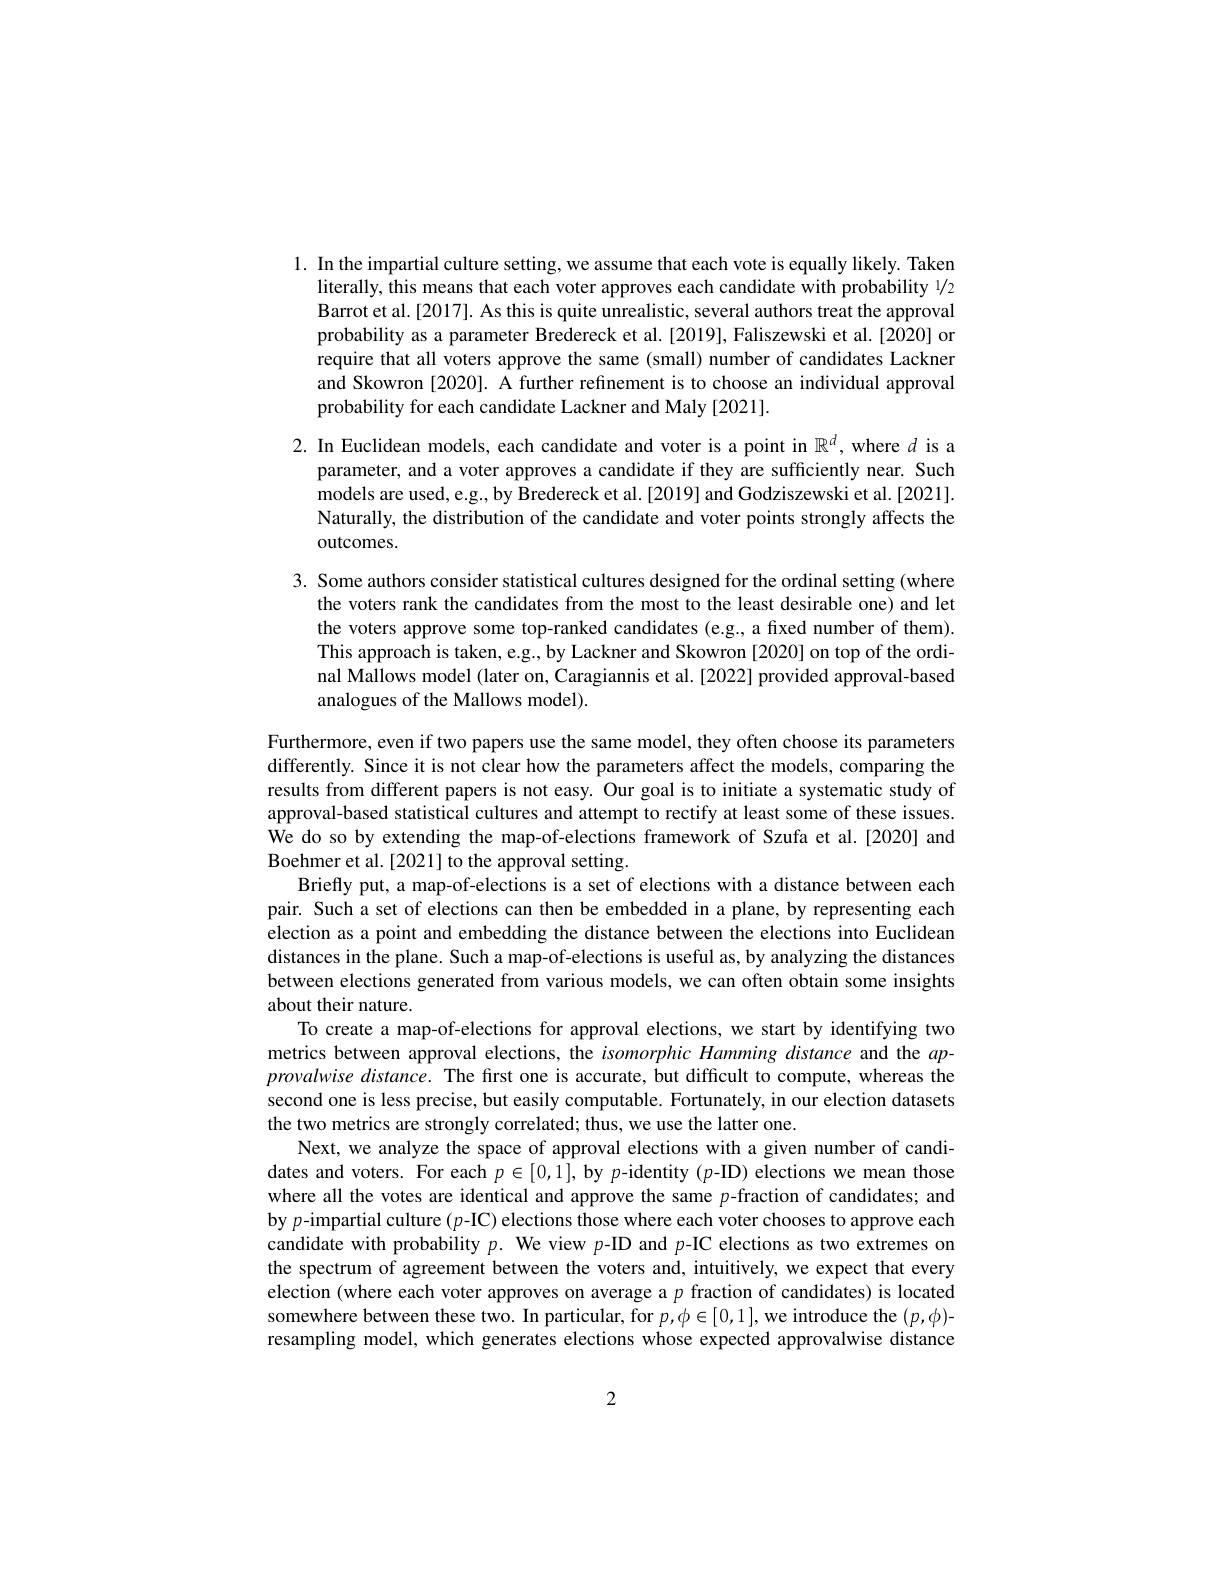
1. In the impartial culture setting, we assume that each vote is equally likely. Taken
literally, this means that each voter approves each candidate with probability 1/2 Barrot et al.[2017]. As this is quite unrealistic, several authors treat the approval probability as a parameter Bredereck et al.[2019], Faliszewski et al.[2020] or require that all voters approve the same (small) number of candidates Lackner and Skowron [2020]. A further refinement is to choose an individual approval probability for each candidate Lackner and Maly [2021].

2. In Euclidean models, each candidate and voter is a point in $\mathbb{R}^d$, where $d$ is a
parameter, and a voter approves a candidate if they are sufficiently near. Such models are used, e.g., by Bredereck et al. [2019] and Godziszewski et al. [2021]. Naturally, the distribution of the candidate and voter points strongly affects the outcomes.

3. Some authors consider statistical cultures designed for the ordinal setting (where
the voters rank the candidates from the most to the least desirable one) and let the voters approve some top-ranked candidates (e.g., a fixed number of them). This approach is taken, e.g., by Lackner and Skowron [2020] on top of the ordinal Mallows model (later on, Caragiannis et al.[2022] provided approval-based analogues of the Mallows model).

Furthermore, even if two papers use the same model, they often choose its parameters differently. Since it is not clear how the parameters affect the models, comparing the results from different papers is not easy. Our goal is to initiate a systematic study of approval-based statistical cultures and attempt to rectify at least some of these issues. We do so by extending the map-of-elections framework of Szufa et al.[2020] and Boehmer et al. [2021] to the approval setting.
Briefly put, a map-of-elections is a set of elections with a distance between each pair. Such a set of elections can then be embedded in a plane, by representing each election as a point and embedding the distance between the elections into Euclidean distances in the plane. Such a map-of-elections is useful as, by analyzing the distances between elections generated from various models, we can often obtain some insights about their nature.
To create a map-of-elections for approval elections, we start by identifying two metrics between approval elections, the isomorphicHamming distance and the $ap-$ provalwise distance. The first one is accurate, but difficult to compute, whereas the second one is less precise, but easily computable. Fortunately, in our election datasets the two metrics are strongly correlated; thus, we use the latter one.
Next, we analyze the space of approval elections with a given number of candidates and voters. For each $p\in[0,1]$, by $p$-identity(p-ID) elections we mean those where all the votes are identical and approve the same $p$-fraction of candidates; and by $p$-impartial culture( p-IC) elections those where each voter chooses to approve each candidate with probability $p.$ We view $p$-ID and $p$-IC elections as two extremes on the spectrum of agreement between the voters and, intuitively, we expect that every election (where each voter approves on average a $p$ fraction of candidates) is located somewhere between these two. In particular, for $p,\phi\in[0,1]$,we introduce the $(p,\phi)$- resampling model, which generates elections whose expected approvalwise distance

2